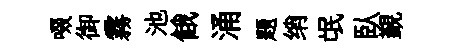
啜御霧池餓涌题绡氓臥覲